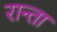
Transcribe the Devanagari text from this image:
रान्ता